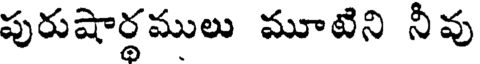
పురుషార్థములు మూటిని నీవు